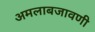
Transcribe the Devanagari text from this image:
अमलाबजावणी